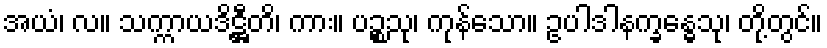
အယံ၊ လ။ သက္ကာယဒိဋ္ဌီတိ၊ ကား။ ပဉ္စသု၊ ကုန်သော။ ဥပါဒါနက္ခန္ဓေသု၊ တို့တွင်။